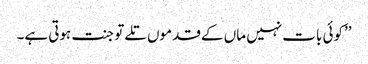
’’کوئی بات نہیں ماں کے قدموں تلے تو جنت ہوتی ہے۔